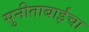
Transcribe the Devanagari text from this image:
सुनीताबाईंचा